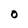
Character: O